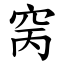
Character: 窉